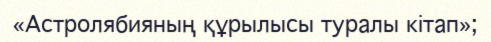
«Астролябияның құрылысы туралы кітап»;